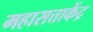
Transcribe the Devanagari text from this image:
महासत्ताकेंद्र